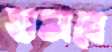
হাতাবে